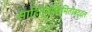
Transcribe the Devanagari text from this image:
साहित्यनिर्मितीबद्दल